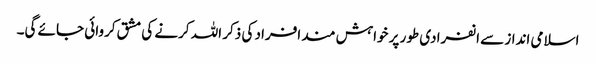
اسلامی انداز سے انفرادی طور پر خواہش مند افراد کی ذکر اللہ کرنے کی مشق کروائی جائے گی۔